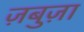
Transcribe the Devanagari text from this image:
ज़बुज़ा